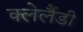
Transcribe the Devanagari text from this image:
क्लेलैंडी